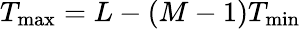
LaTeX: T_{\operatorname*{max}}=L-(M-1)T_{\operatorname*{min}}